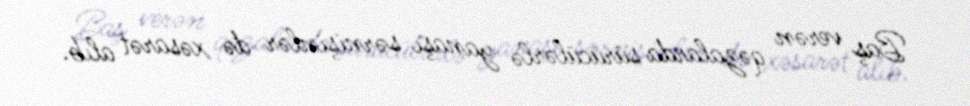
Baş verən qəzalarda sürücülərlə yanaşı sərnişinlər də xəsarət alıb.